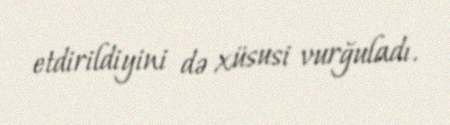
etdirildiyini də xüsusi vurğuladı.